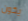
يكون